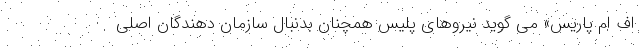
اف ام پاریس» می گوید نیروهای پلیس همچنان بدنبال سازمان دهندگان اصلی